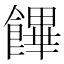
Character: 饆